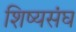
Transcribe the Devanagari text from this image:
शिष्यसंघ